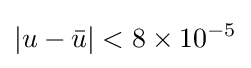
\left|u-{\bar {u}}\right|<8\times 10^{-5}